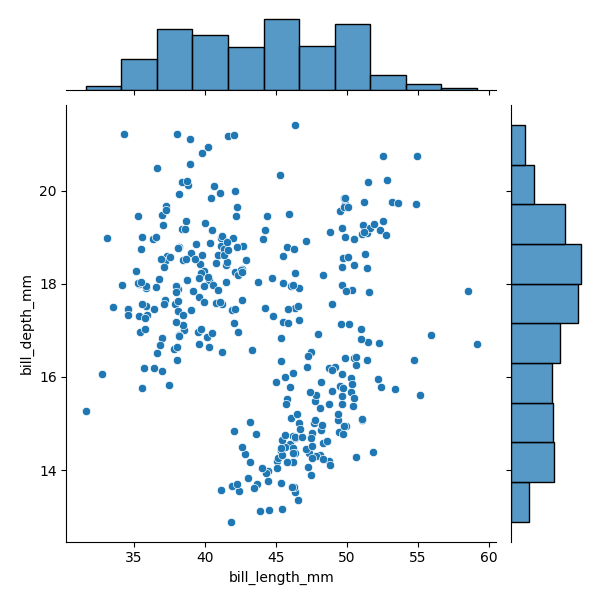
python, seaborn, JointGrid, scatterplot, histplot